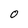
Character: O